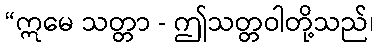
“ဣမေ သတ္တာ - ဤသတ္တဝါတို့သည်၊